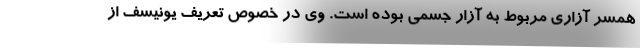
همسر آزاری مربوط به آزار جسمی بوده است. وی در خصوص تعریف یونیسف از